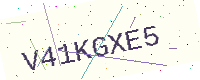
Text: V41KGXE5